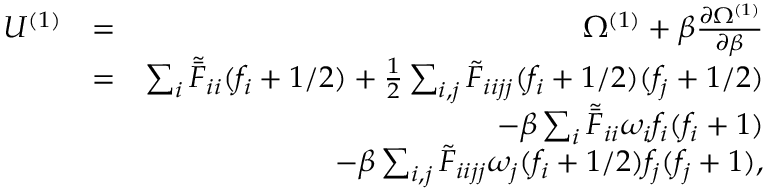
\begin{array} { r l r } { U ^ { ( 1 ) } } & { = } & { \Omega ^ { ( 1 ) } + \beta \frac { \partial \Omega ^ { ( 1 ) } } { \partial \beta } } \\ & { = } & { \sum _ { i } \tilde { \bar { F } } _ { i i } { ( f _ { i } + 1 / 2 ) } + \frac { 1 } { 2 } \sum _ { i , j } \tilde { F } _ { i i j j } ( f _ { i } + 1 / 2 ) ( f _ { j } + 1 / 2 ) } \\ & { } & { - { \beta } \sum _ { i } \tilde { \bar { F } } _ { i i } \omega _ { i } f _ { i } ( f _ { i } + 1 ) } \\ & { } & { - { \beta } \sum _ { i , j } \tilde { F } _ { i i j j } \omega _ { j } ( f _ { i } + 1 / 2 ) f _ { j } ( f _ { j } + 1 ) , } \end{array}